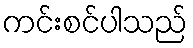
ကင်းစင်ပါသည်